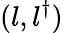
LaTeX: (l,l^{\dagger})